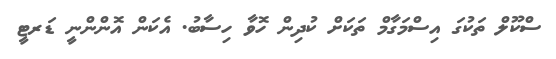
ސްކޫލް ތަކުގަ އިސްމަގާމް ތަކަށް ކުދިން ހޮވާ ހިސާބު. އެކަން އޮންންނީ ޑަރޓީ